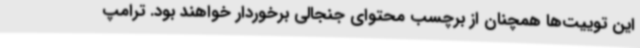
این توییت‌ها همچنان از برچسب محتوای جنجالی برخوردار خواهند بود. ترامپ